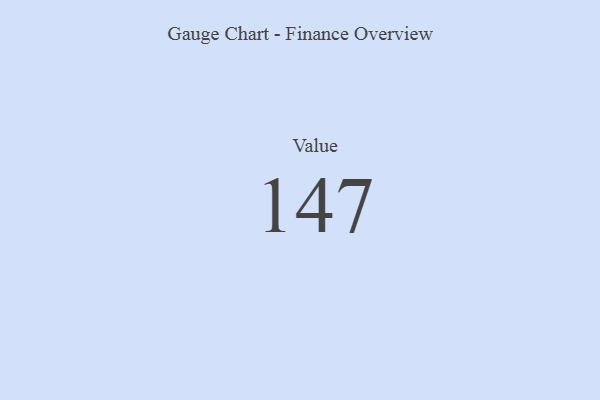
{"axis": {"x": "Metric", "y": "Value"}, "legend": [""], "data": [{"x": "Value", "y": 147, "type": ""}]}